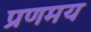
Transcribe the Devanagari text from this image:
प्रणमय